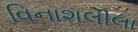
વિનાશલીલા